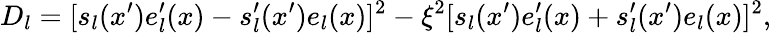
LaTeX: D_{l}=[s_{l}(x^{\prime})e_{l}^{\prime}(x)-s_{l}^{\prime}(x^{\prime})e_{l}(x)]^{2}-\xi^{2}[s_{l}(x^{\prime})e_{l}^{\prime}(x)+s_{l}^{\prime}(x^{\prime})e_{l}(x)]^{2},